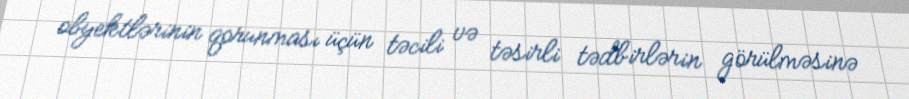
obyektlərinin qorunması üçün təcili və təsirli tədbirlərin görülməsinə